18_6369445_General_1948_Vol_1
Agency: Department of War
Incident date: 6/15/48
Page 8
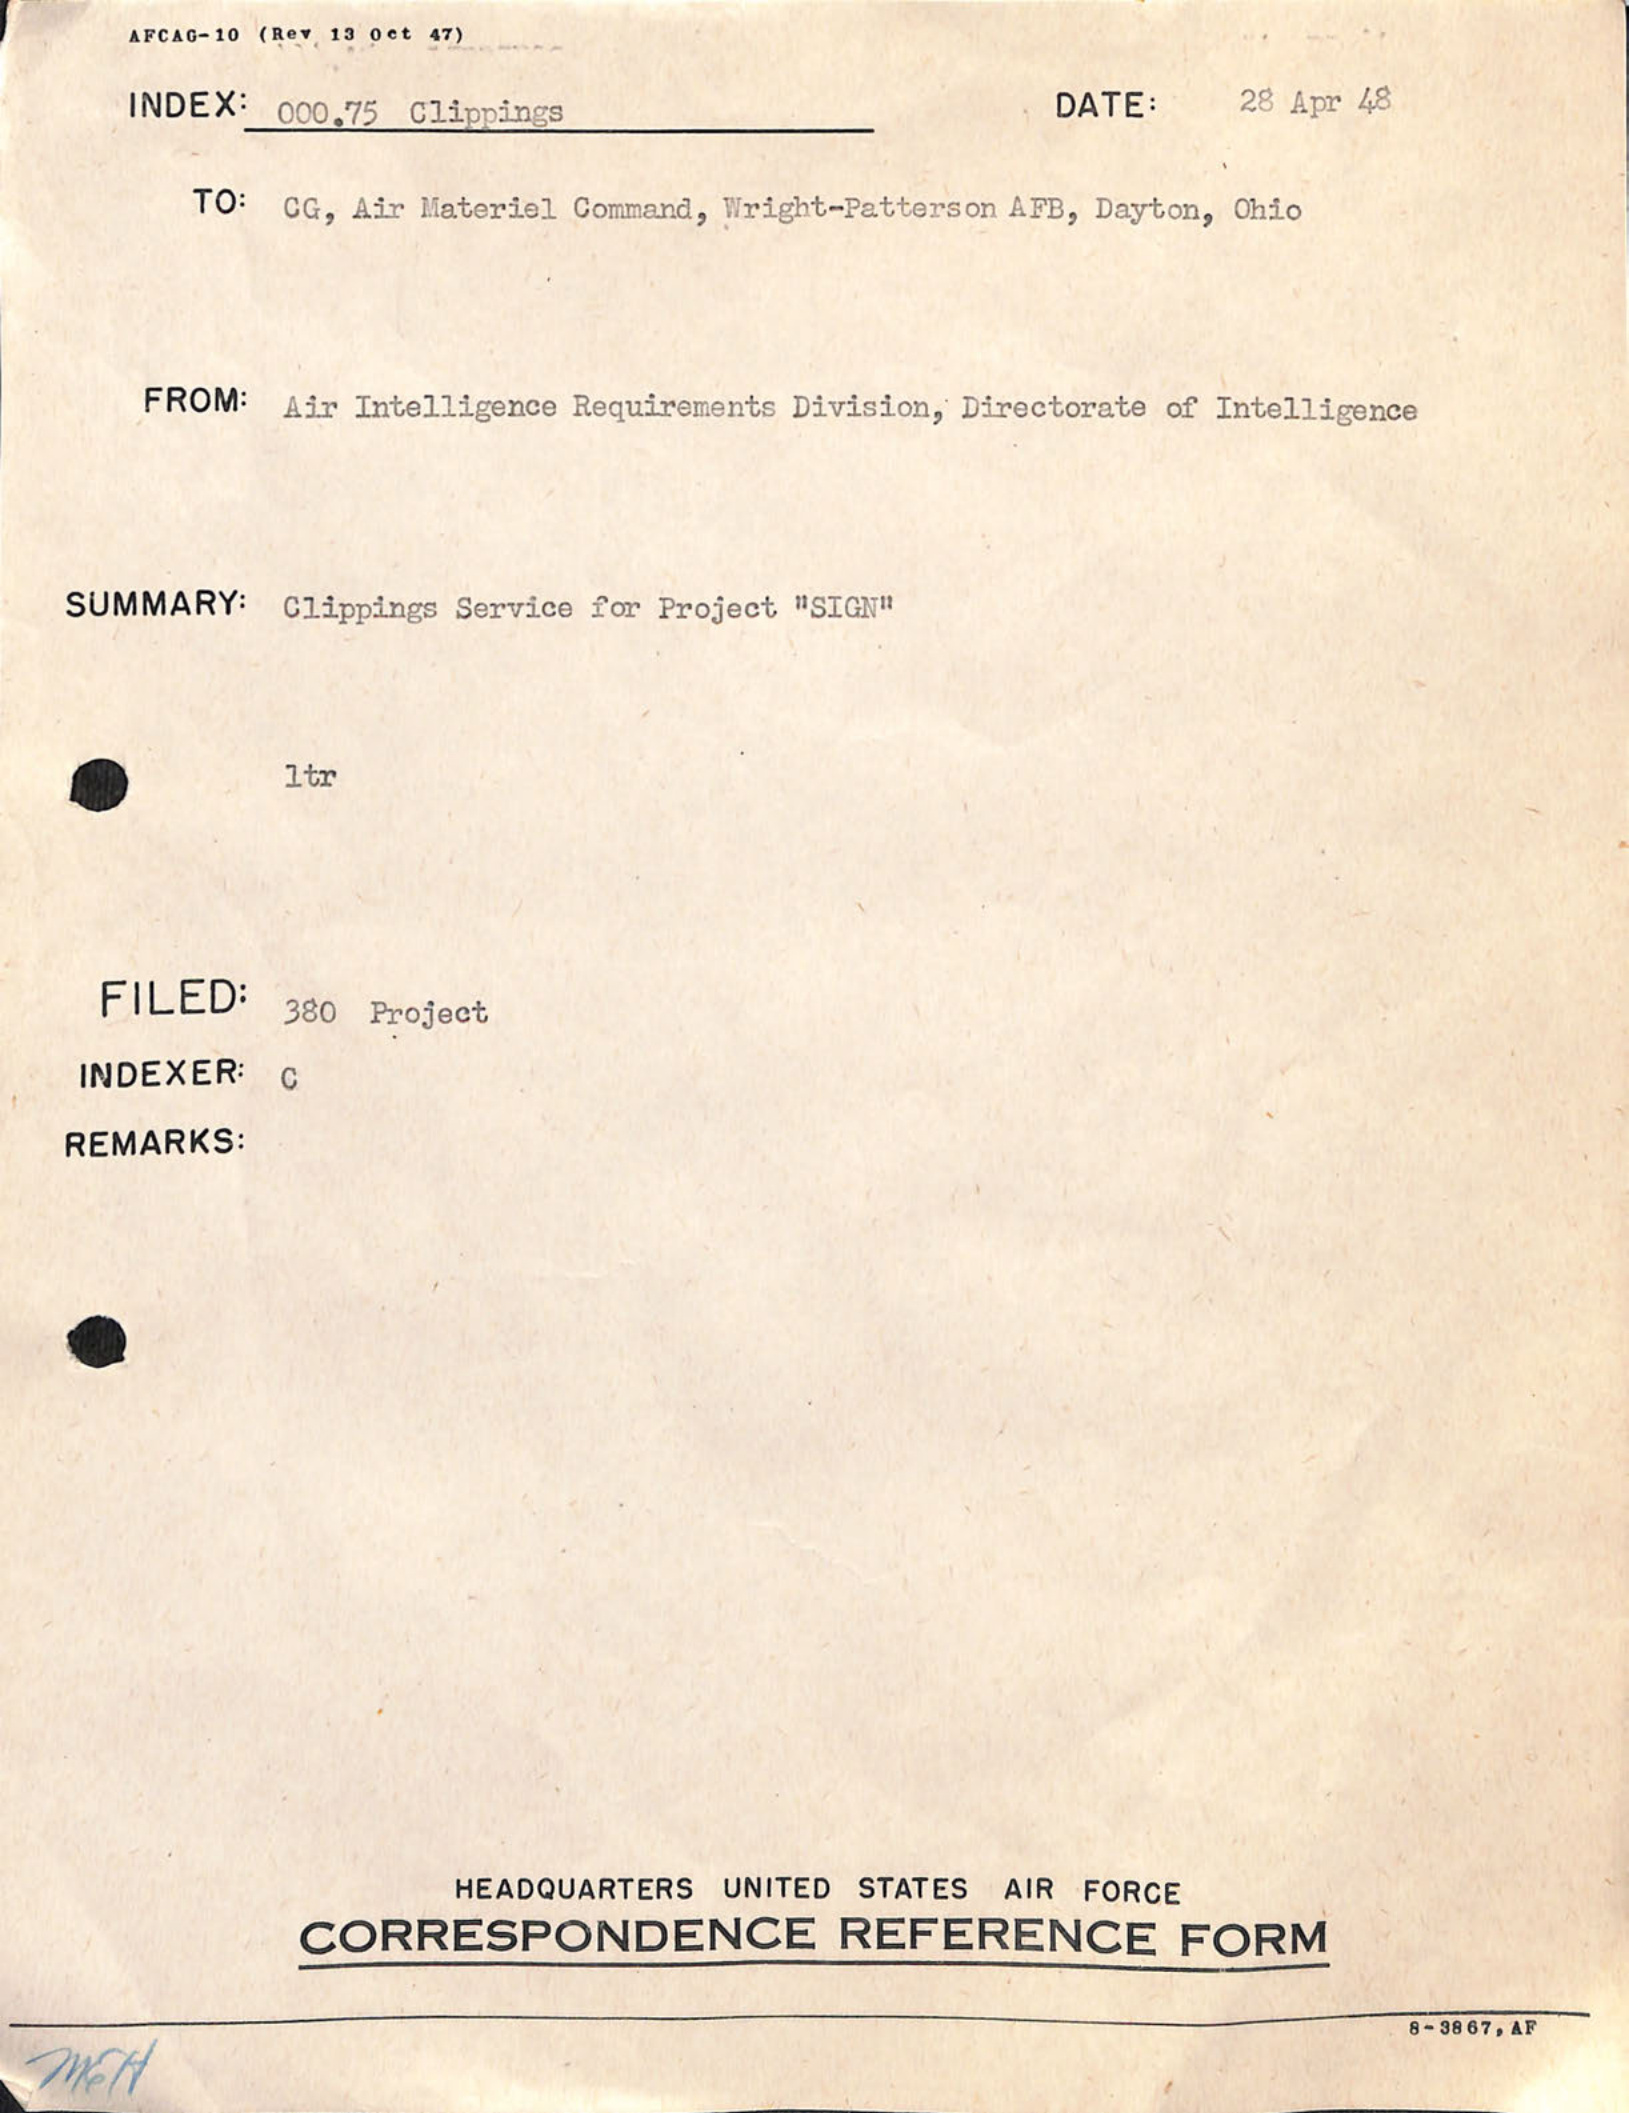